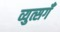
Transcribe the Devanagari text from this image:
व्युत्सगँ